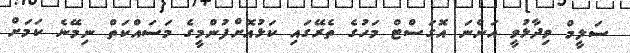
ސަލީމް ވިދާޅުވީ އަންނަ އޮގަސްޓް މަހުގެ ތެރޭގައި ކަޅުއޮށްފުންމީގެ މަސައްކަތް ނިމޭނެ ކަމަށް